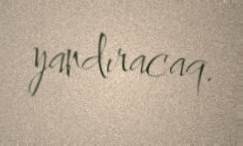
yandıracaq.